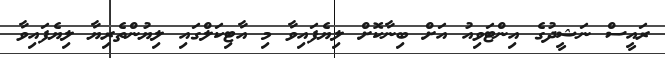
ރައީސް ނަޝީދުގެ އިންޓަވިއު އަށް ބިނާކޮށް ލިޔެފައިވާ މި އާޓިކަލްގައި ލިޔުންތެރިޔާ ލިޔެފައިވާ